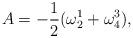
LaTeX: \begin{align*}A=-\frac{1}{2}(\omega^{1}_{2}+\omega^{3}_{4}),\end{align*}